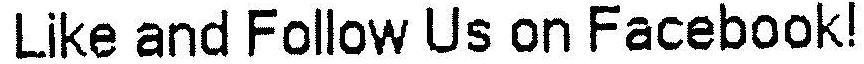
LIKE AND FOLLOW US ON FACEBOOK!